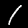
Digit: 1